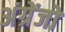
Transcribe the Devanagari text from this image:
अंग्रेंजो